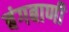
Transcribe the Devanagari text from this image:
बंगबाणी